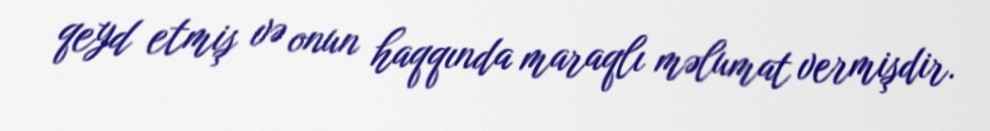
qeyd etmiş və onun haqqında maraqlı məlumat vermişdir.